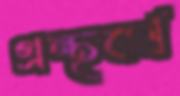
গ্রন্থবর্ষ